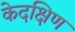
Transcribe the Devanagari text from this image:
केदक्षिण